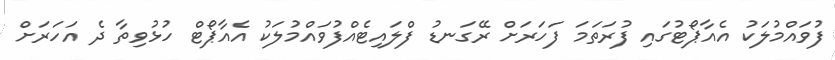
ފުވައްމުލަކު އެއާޕޯޓުގައި ފުރަތަމަ ފަހަރަށް ރޭގަނޑު ފްލައިޓެއްފުވައްމުލަކު އެއާޕޯޓް ހުޅުވިތާ ދެ އަހަރަށް